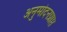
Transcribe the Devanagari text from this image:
अनुमोदनप्राप्त